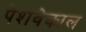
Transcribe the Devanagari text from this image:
पेशवेकाल